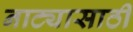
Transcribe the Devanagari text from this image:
नाट्यासाठी